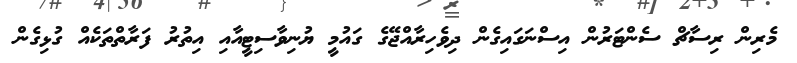
މެރިން ރިސާޗް ސެންޓަރުން އިސްނަގައިގެން ދިވެހިރާއްޖޭގެ ގައުމީ ޔުނިވާސިޓީއާއި އިތުރު ފަރާތްތަކެއް ގުޅިގެން